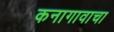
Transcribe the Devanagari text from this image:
कनागावाचा